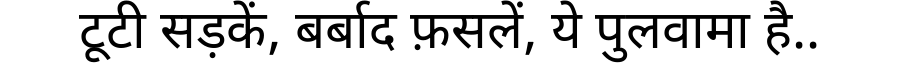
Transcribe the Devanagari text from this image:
टूटी सड़कें, बर्बाद फ़सलें, ये पुलवामा है..